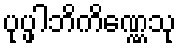
ပုပ္ဖါဘိကိဏ္ဏေသု